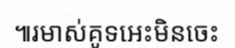
៕រមាស់គូទអេះមិនចេះ